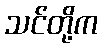
သင်တို့က